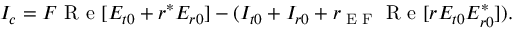
\begin{array} { r } { I _ { c } = F \textrm { R e } [ E _ { t 0 } + r ^ { * } E _ { r 0 } ] - ( I _ { t 0 } + I _ { r 0 } + r _ { \textrm { E F } } \textrm { R e } [ r E _ { t 0 } E _ { r 0 } ^ { * } ] ) . } \end{array}